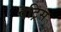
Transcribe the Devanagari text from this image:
पेट्रिस